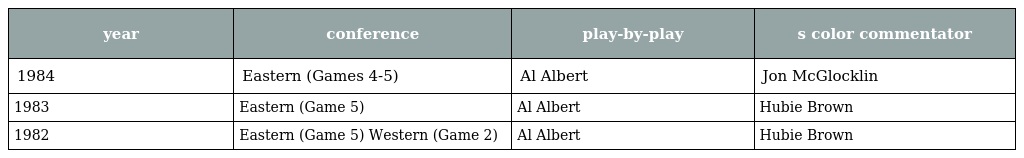
| year | conference | play-by-play | s color commentator |
 | --- | --- | --- | --- |
 | 1984 | Eastern (Games 4-5) | Al Albert | Jon McGlocklin |
 | 1983 | Eastern (Game 5) | Al Albert | Hubie Brown |
 | 1982 | Eastern (Game 5) Western (Game 2) | Al Albert | Hubie Brown |